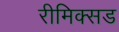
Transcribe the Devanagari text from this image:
रीमिक्सड